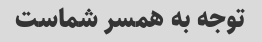
توجه به همسر شماست